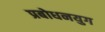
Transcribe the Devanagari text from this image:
प्रबोधनयुग